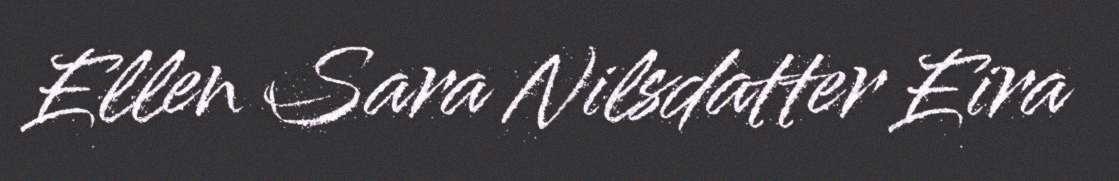
Ellen Sara Nilsdatter Eira